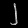
Digit: ၂